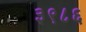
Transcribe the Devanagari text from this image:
३९८६